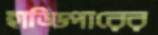
হাড্ডিপারের